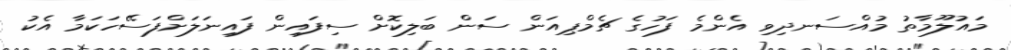
މައުލޫމާތު މުއްސަނދިވި އެންމެ ފަހުގެ ޗެމްޕިއަން ސަން ބަލިކޮށް ސިފައިން ފައިނަލަށްފަސޭހަކަމާ އެކު